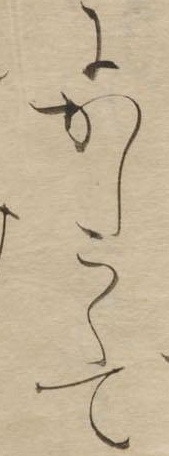
にかしこくて